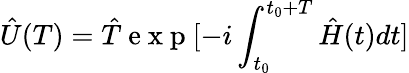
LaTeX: \hat{U}(T)=\hat{T}\mathrm{~e~x~p~}[-i\int_{t_{0}}^{t_{0}+T}\hat{H}(t)dt]